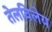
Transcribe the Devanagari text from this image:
तेलविलेय